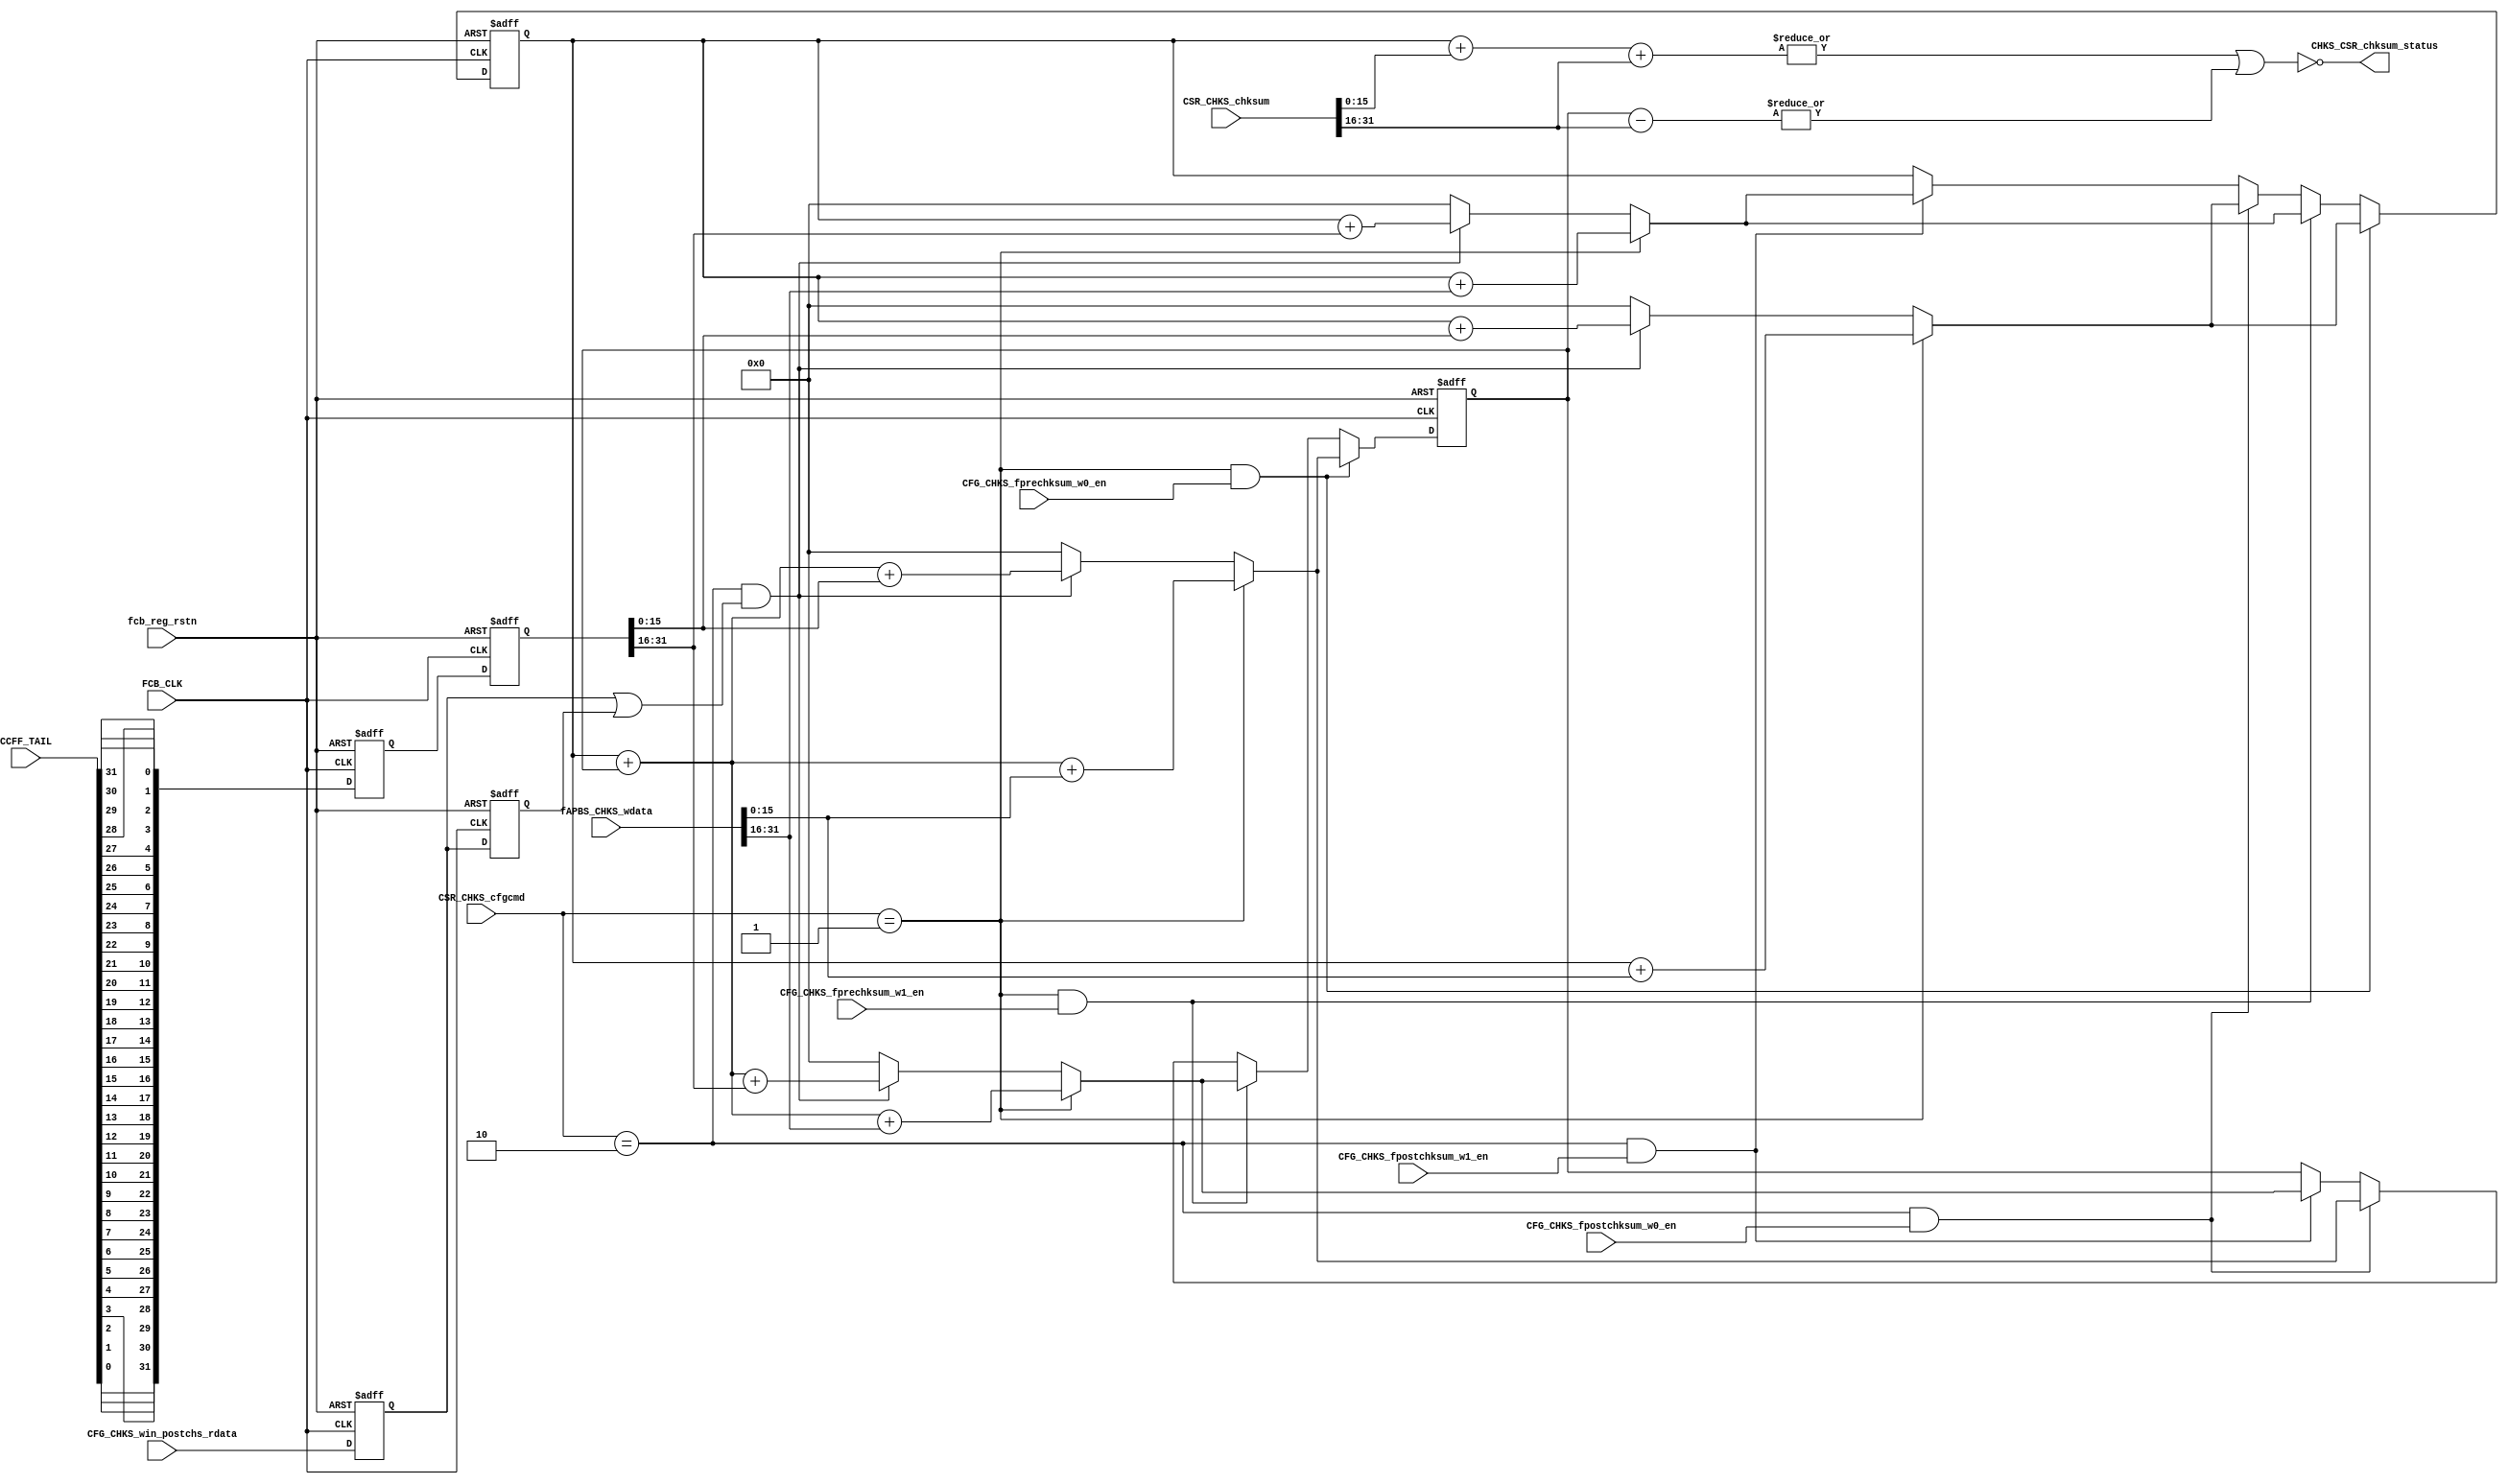
`timescale 1ns/10ps

module FCB_CHKS (
  input wire FCB_CLK,
  input wire fcb_reg_rstn,

  input wire [ 1:0]  CSR_CHKS_cfgcmd,        
  input wire [31:0]  fAPBS_CHKS_wdata,
  input wire [0:31]  CCFF_TAIL, 

  input wire         CFG_CHKS_fprechksum_w0_en, 
  input wire         CFG_CHKS_fprechksum_w1_en, 
  input wire         CFG_CHKS_fpostchksum_w0_en, 
  input wire         CFG_CHKS_fpostchksum_w1_en, 

  input wire         CFG_CHKS_win_postchs_rdata,
  input wire [31:0]  CSR_CHKS_chksum,

  output wire        CHKS_CSR_chksum_status

);

localparam CK2Q = 0.01;

wire pre_chksum_en;
assign pre_chksum_en  = CSR_CHKS_cfgcmd == 2'h1; 

wire post_chksum_en;
assign post_chksum_en = CSR_CHKS_cfgcmd == 2'h2; 


reg  fwin_postchs_rdata_dly1;
reg  fwin_postchs_rdata_dly2;
always@(posedge FCB_CLK or negedge fcb_reg_rstn)
  if (~fcb_reg_rstn) begin
    fwin_postchs_rdata_dly1 <= #CK2Q 1'b0; 
    fwin_postchs_rdata_dly2 <= #CK2Q 1'b0; 
  end else begin	
    fwin_postchs_rdata_dly1 <= #CK2Q CFG_CHKS_win_postchs_rdata;
    fwin_postchs_rdata_dly2 <= #CK2Q fwin_postchs_rdata_dly1;
  end	

wire win_postchs_rdata = fwin_postchs_rdata_dly1 || fwin_postchs_rdata_dly2;


wire [15:0] chksum_c0_w0, chksum_c0_w1; 
wire [15:0] chksum_c1_w0, chksum_c1_w1; 
reg  [15:0] fchksum_c0,   fchksum_c1;

wire [15:0] frfu_csum_w0 = CSR_CHKS_chksum[15: 0];
wire [15:0] frfu_csum_w1 = CSR_CHKS_chksum[31:16];

assign CHKS_CSR_chksum_status =  ~(   |(fchksum_c0 + frfu_csum_w0 + frfu_csum_w1) 
                                   || |(fchksum_c1 - frfu_csum_w1)
                                  ); 

//wire [15:0] A = (fchksum_c0 + frfu_csum_w0 + frfu_csum_w1); 
//wire [15:0] B = (fchksum_c1 - frfu_csum_w1);
                                  
wire [31:0] LE_CCFF_TAIL = { CCFF_TAIL[31], CCFF_TAIL[30], CCFF_TAIL[29], CCFF_TAIL[28],
                             CCFF_TAIL[27], CCFF_TAIL[26], CCFF_TAIL[25], CCFF_TAIL[24],
                             CCFF_TAIL[23], CCFF_TAIL[22], CCFF_TAIL[21], CCFF_TAIL[20],
                             CCFF_TAIL[19], CCFF_TAIL[18], CCFF_TAIL[17], CCFF_TAIL[16],
                             CCFF_TAIL[15], CCFF_TAIL[14], CCFF_TAIL[13], CCFF_TAIL[12],
                             CCFF_TAIL[11], CCFF_TAIL[10], CCFF_TAIL[9],  CCFF_TAIL[8],
                             CCFF_TAIL[7],  CCFF_TAIL[6],  CCFF_TAIL[5],  CCFF_TAIL[4],
                             CCFF_TAIL[3],  CCFF_TAIL[2],  CCFF_TAIL[1],  CCFF_TAIL[0]
                            };  

reg  [31:0] fFB_CHKS_RDATA; 
reg  [31:0] fFB_CHKS_RDATA_dly1; 

always@(posedge FCB_CLK or negedge fcb_reg_rstn)
  if (~fcb_reg_rstn) begin
    fFB_CHKS_RDATA      <= #CK2Q 32'h0;
    fFB_CHKS_RDATA_dly1 <= #CK2Q 32'h0;
  end else begin 	
    fFB_CHKS_RDATA      <= #CK2Q LE_CCFF_TAIL; 
    fFB_CHKS_RDATA_dly1 <= #CK2Q fFB_CHKS_RDATA; 
  end	


assign chksum_c0_w0 = pre_chksum_en ? fchksum_c0 + fAPBS_CHKS_wdata[15: 0] 
                                    : post_chksum_en && win_postchs_rdata ? fchksum_c0 + fFB_CHKS_RDATA_dly1[15:0] 
                                    : 16'h0 ;

assign chksum_c0_w1 = pre_chksum_en ? fchksum_c0 + fAPBS_CHKS_wdata[31:16]
                                    : post_chksum_en && win_postchs_rdata ? fchksum_c0 + fFB_CHKS_RDATA_dly1[31:16] 
                                    : 16'h0 ;

assign chksum_c1_w0 = pre_chksum_en ? fchksum_c0 + fchksum_c1 + fAPBS_CHKS_wdata[15:0]
                                    : post_chksum_en && win_postchs_rdata ? fchksum_c0 + fchksum_c1 + fFB_CHKS_RDATA_dly1[15:0]
                                    : 16'h0 ;

assign chksum_c1_w1 = pre_chksum_en ? fchksum_c0 + fchksum_c1 + fAPBS_CHKS_wdata[31:16]
                                    : post_chksum_en && win_postchs_rdata ? fchksum_c0 + fchksum_c1 + fFB_CHKS_RDATA_dly1[31:16]
                                    : 16'h0 ;                                                  


always@(posedge FCB_CLK or negedge fcb_reg_rstn) begin
  if (~fcb_reg_rstn) begin
    fchksum_c0 <= #CK2Q 16'h0; 
    fchksum_c1 <= #CK2Q 16'h0;
  end else if (pre_chksum_en && CFG_CHKS_fprechksum_w0_en == 1'b1) begin
    fchksum_c0 <= #CK2Q chksum_c0_w0;
    fchksum_c1 <= #CK2Q chksum_c1_w0;
  end else if (pre_chksum_en && CFG_CHKS_fprechksum_w1_en == 1'b1) begin
    fchksum_c0 <= #CK2Q chksum_c0_w1;
    fchksum_c1 <= #CK2Q chksum_c1_w1;
  end else if (post_chksum_en && CFG_CHKS_fpostchksum_w0_en == 1'b1) begin
    fchksum_c0 <= #CK2Q chksum_c0_w0;
    fchksum_c1 <= #CK2Q chksum_c1_w0;
  end else if (post_chksum_en && CFG_CHKS_fpostchksum_w1_en == 1'b1) begin
    fchksum_c0 <= #CK2Q chksum_c0_w1;
    fchksum_c1 <= #CK2Q chksum_c1_w1;
  end
end


endmodule